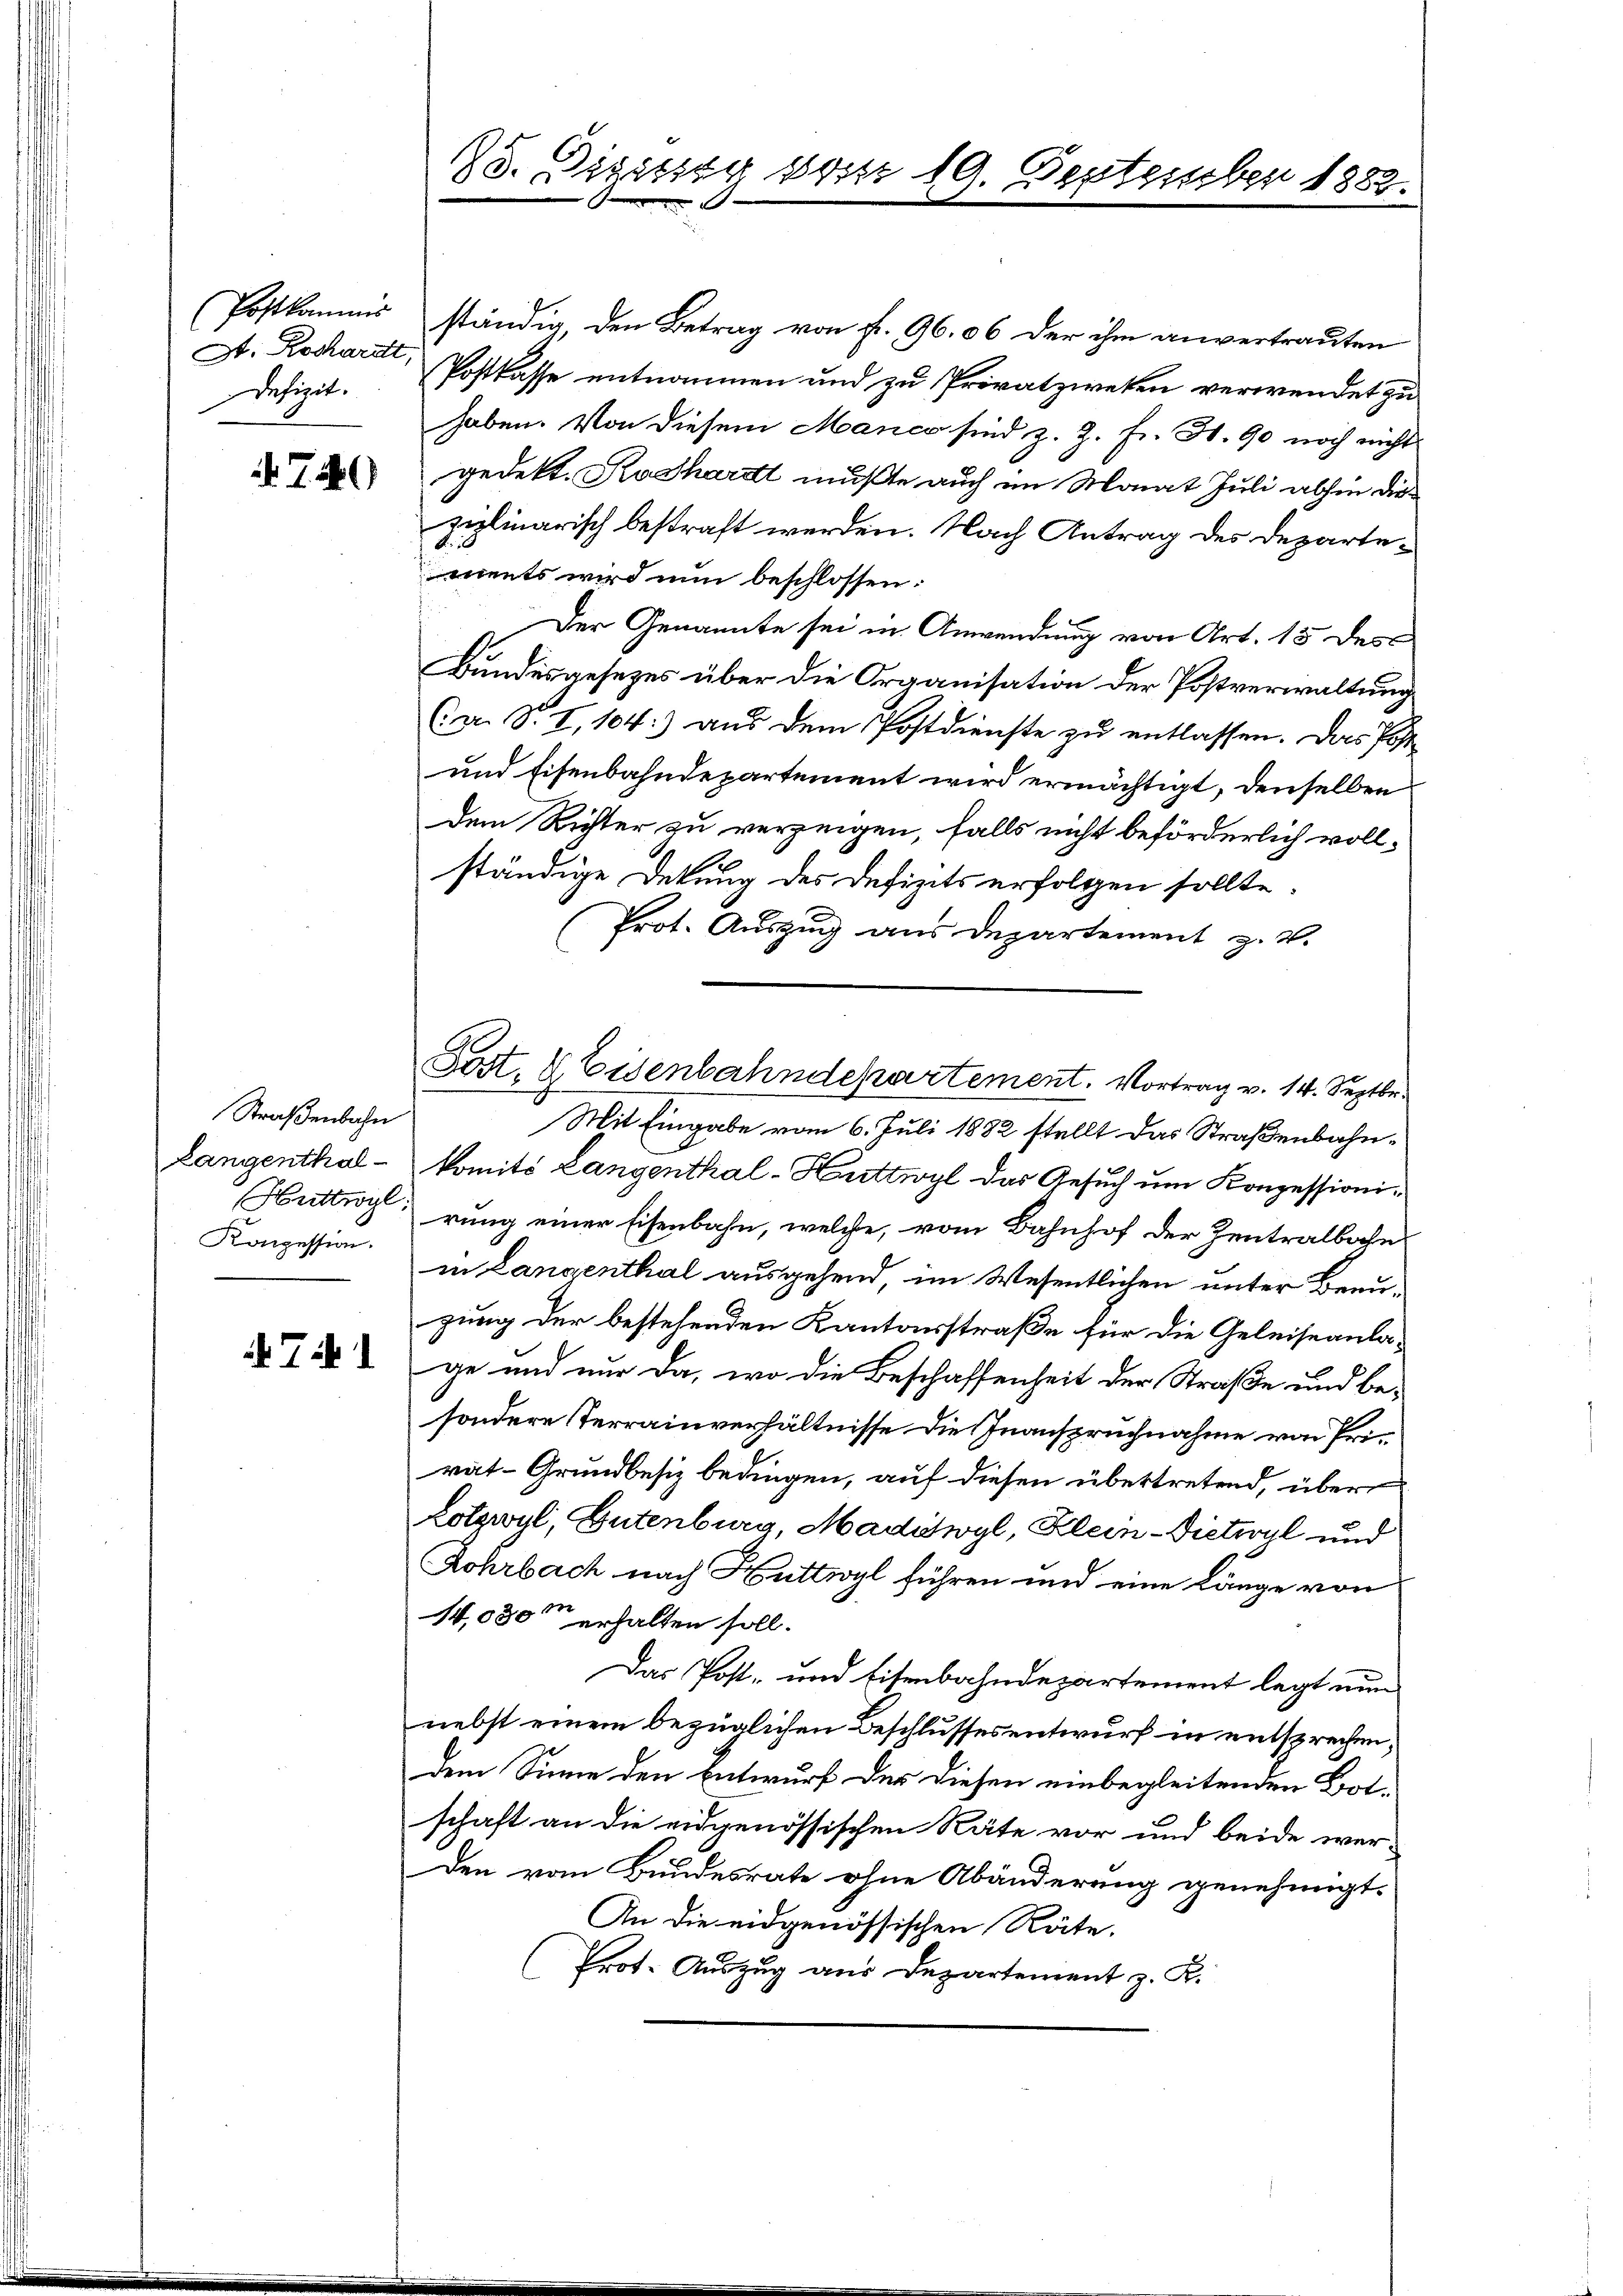
(Postkommis
St: Rockhardt,
Defizit.

744

Straßenbahn
Langenthal¬
Konzession.

15. Digittag vom 19. September 1882.

ständig, den Betrag von fr. 96,06 der ihm anvertrauten
Postkasse entnommen und zu Provatzweken verwendet zu
haben. Von diesem Manco sind z. Z. Fr. H. 90 noch nicht
gedekt. Kathardt mußte auch im Monat Juli abhin dieziplinarisch bestraft werden. Nach Antrag des Departemnents wird nun beschlossen:
Der Genannte sei in Anwendung von Art. 15 des
Bundesgesezes über die Organisation der Postverwaltung
Ca. S. I,104:) aus dem Postdienste zu entlassen. Das Post
und Eisenbahndepartement wird ermächtigt, denselben
dem Richter zu verzeigen, falls nicht beförderlich voll-
ständige Dekung des Defizits erfolgen sollte
Prot. Auszug aus Departement z. B.
Mit Eingabe vom 6. Juli 1882 stellt das Straßenbahnkomité Langenthal-Hurttwyl das Gesuch um Konzessionirittigerung einer Eisenbahn, welche, vom Bahnhof der Zentralbahnin Langenthal ausgehend, im Wesentlichen unter Benuzung der bestehenden Kantonsstraße für die Geleiseanlage und nur da, wo die Beschaffenheit der Straße und besondere Terrainverhältnisse die Inanspruchnahme von Prirat-Grundbesiz bedingen, auf diesen übertretend, über
Lotzwyl, Gutenburg, Madiswyl, Klein-Dietwyl und
Lohrbach nach Huttwyl führen und eine Länge von
14,000 erhalten soll.
Das Post- und Eisenbahndepartement legt nun
nebst einem bezüglichen Beschlussesentwurf in entsprechen,
dem Sinne den Entwurf der diesen einbegleitenden Botschaft an die eidgenössischen Räte vor und beide wer-
Den vom Bundesrate ohne Abänderung genehmigt.
An die eidgenössischen Räte.
Prot. Auszug aus Departement z. R.

Post. & Eisenbahndepartement. Vortrag v. 14. Septbr.